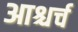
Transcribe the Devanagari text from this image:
आश्चर्च